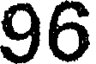
96